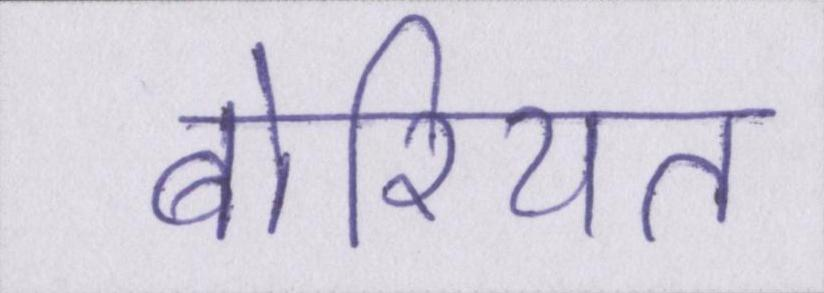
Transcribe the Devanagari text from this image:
बोरियत